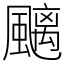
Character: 䬜